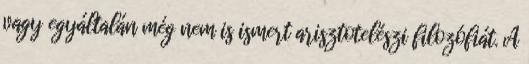
vagy egyáltalán még nem is ismert arisztotelészi filozófiát. A